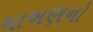
માખણનો